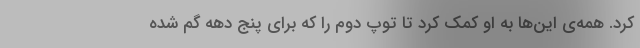
کرد. همه‌ی این‌ها به او کمک کرد تا توپ دوم را که برای پنج دهه گم شده